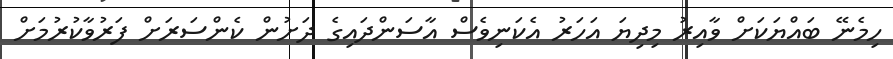
ހިމެނޭ ބައްޔަކަށް ވާއިރު މިދިޔަ އަހަރު އެކަނިވެސް އާސަންދައިގެ ދަށުން ކެންސަރަށް ފަރުވާކުރުމަށް